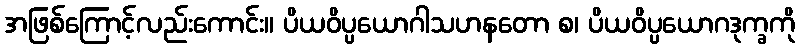
အဖြစ်ကြောင့်လည်းကောင်း။ ပိယဝိပ္ပယောဂါသဟနတော စ၊ ပိယဝိပ္ပယောဂဒုက္ခကို